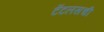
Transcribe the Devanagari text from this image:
टँटलसची